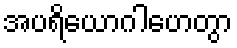
အပရိယောဂါဟေတွာ